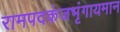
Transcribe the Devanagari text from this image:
रामपदकंजभृंगायमान